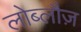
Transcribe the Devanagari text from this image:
लोब्लौज़